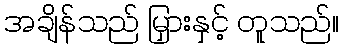
အချိန်သည် မြှားနှင့် တူသည်။